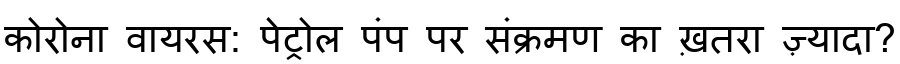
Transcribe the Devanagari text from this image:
कोरोना वायरस: पेट्रोल पंप पर संक्रमण का ख़तरा ज़्यादा?